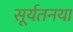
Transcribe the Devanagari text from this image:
सूर्यतनया